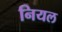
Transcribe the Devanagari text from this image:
नियल